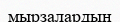
мырзалардың